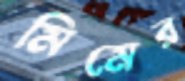
মিমের